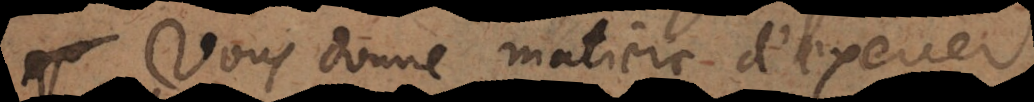
vous donne matiere d’exercer